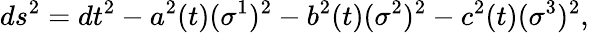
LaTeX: ds^{2}=dt^{2}-a^{2}(t)(\sigma^{1})^{2}-b^{2}(t)(\sigma^{2})^{2}-c^{2}(t)(\sigma^{3})^{2},